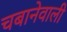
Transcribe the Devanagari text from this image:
चबानेवाली